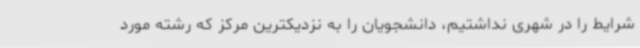
شرایط را در شهری نداشتیم، دانشجویان را به نزدیکترین مرکز که رشته مورد